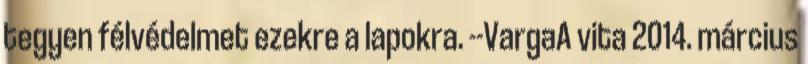
tegyen félvédelmet ezekre a lapokra. --VargaA vita 2014. március